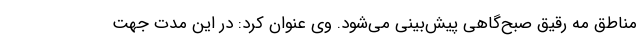
مناطق مه رقیق صبح‌گاهی پیش‌بینی می‌شود. وی عنوان کرد: در این مدت جهت